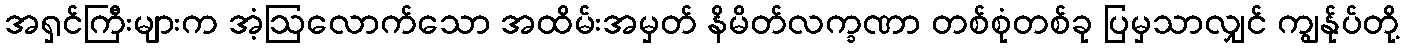
အရှင်ကြီးများက အံ့ဩလောက်သော အထိမ်းအမှတ် နိမိတ်လက္ခဏာ တစ်စုံတစ်ခု ပြမှသာလျှင် ကျွန်ုပ်တို့